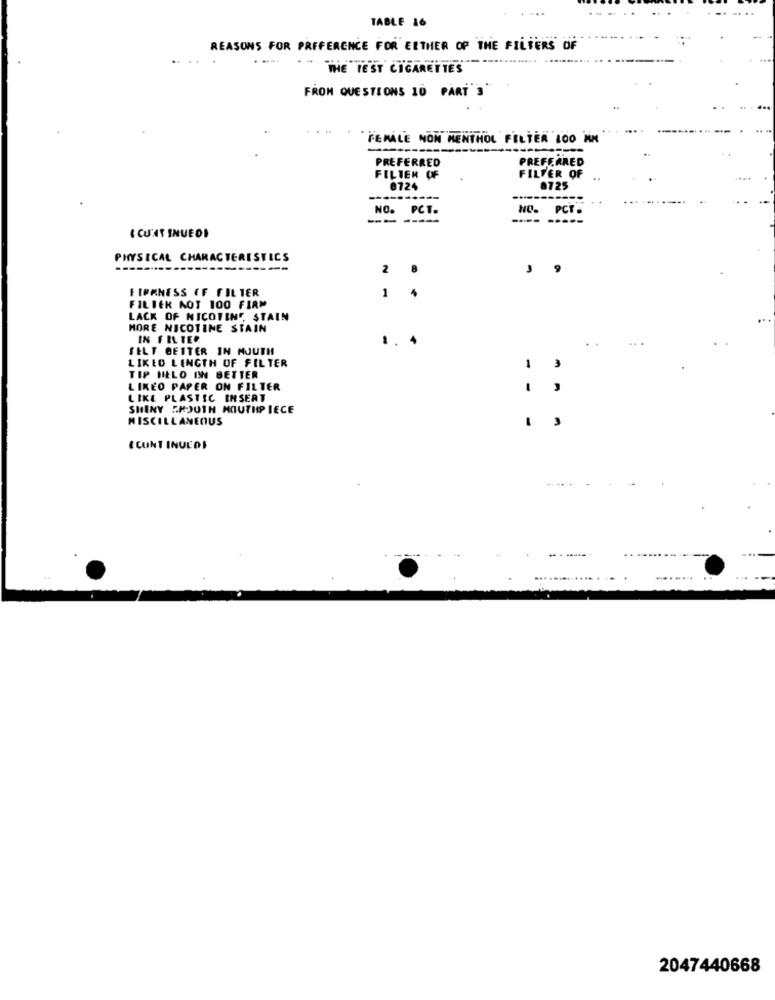
TABLE 16
REASONS FOR PREFERENCE FOR EITHER OF THE FILTERS OF
.-
THE TEST CIGARETTES
FROM QUESTIONS 10 PART'3
FEMALE NON MENTHOL FILTER LOO NN
PREFERRED
PREFFARED
FILTER OF
FILTER OF
0724
8725
----------
NO. PCT.
NO.
PCT .
( CU'AT INUEDI
PHYSICAL CHARACTERISTICS
---------
----------
2
FIRMNESS OF FILTER
1
FILTER AOT 100 FIRM
LACK OF NICOTINE, STAIN
MORE NICOTINE STAIN
IN FILTER.
1.
SELT BETTER IN MOUTH
LIKED LENGTH OF FILTER
-
TIP HIELO IN BETTER
LIKEO PAPER ON FILTER
,
LIKE PLASTIC INSERT
SHINY SROUTH MOUTHPIECE
MISCELLANEOUS
E CUNT INVEDI
........
2047440668